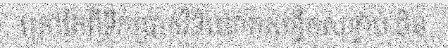
ក្រៅតែពីទឹកប្រាក់វិនិយោគសន្ធឹកសន្ធាប់ ចិន